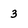
Character: 3